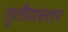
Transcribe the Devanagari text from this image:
तृतीयस्तर